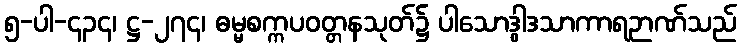
၅-ပါ-၄၃၄၊ ဋ္ဌ-၂၇၄၊ ဓမ္မစက္ကပဝတ္တနသုတ်၌ ပါသောဒွါဒသာကာရဉာဏ်သည်